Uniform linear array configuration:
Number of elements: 64
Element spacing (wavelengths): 0.25
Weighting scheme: cosine
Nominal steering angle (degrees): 15
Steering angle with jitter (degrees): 13.821
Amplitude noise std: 0.05
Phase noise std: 0.05

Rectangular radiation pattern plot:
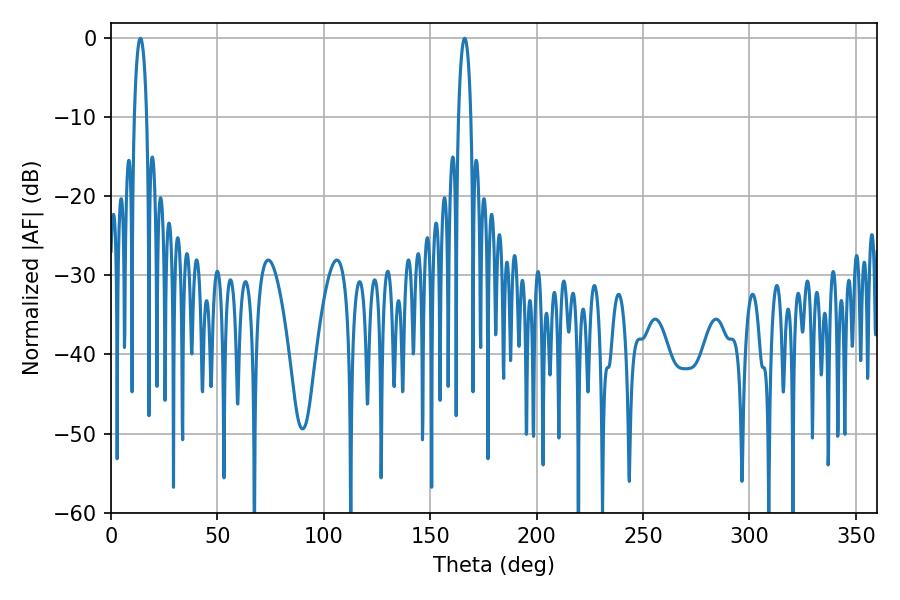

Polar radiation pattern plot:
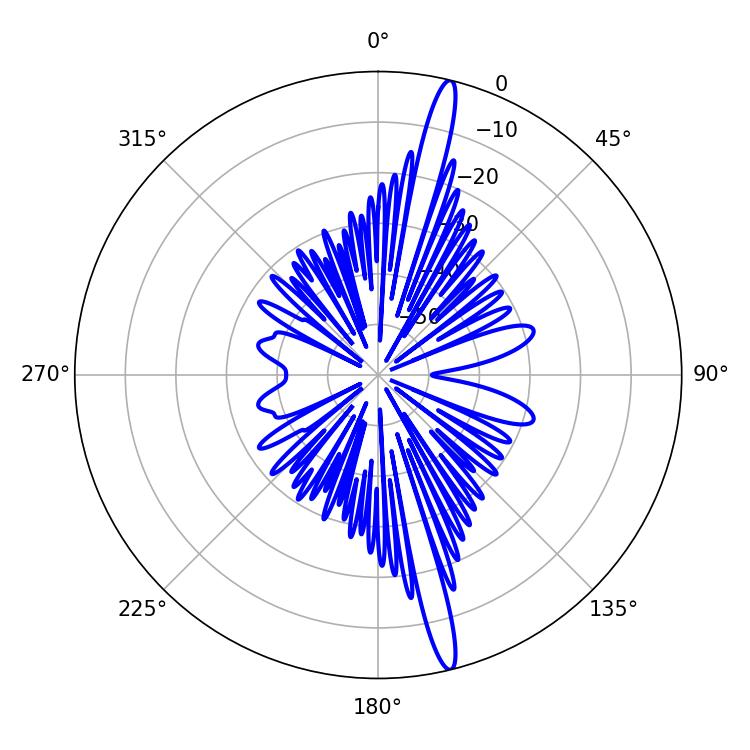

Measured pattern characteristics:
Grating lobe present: FALSE
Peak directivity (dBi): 18.061
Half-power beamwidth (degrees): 3.24
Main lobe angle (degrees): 166.14